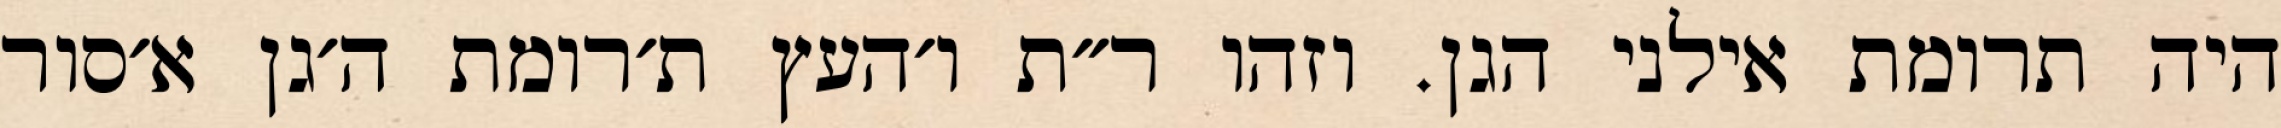
היה תרומת אילני הגן. וזהו ר״ת ו׳העץ ת׳רומת ה׳גן א׳סור